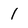
Character: 1